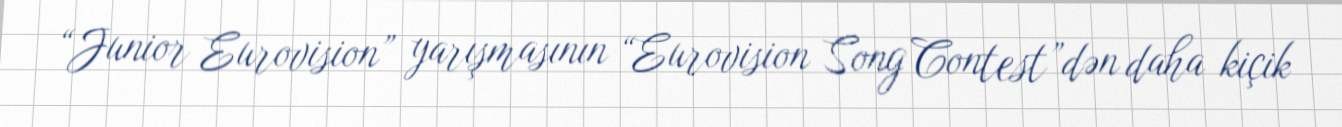
“Junior Eurovision” yarışmasının “Eurovision Song Contest”dən daha kiçik